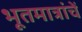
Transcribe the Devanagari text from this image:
भूतमात्रांचें